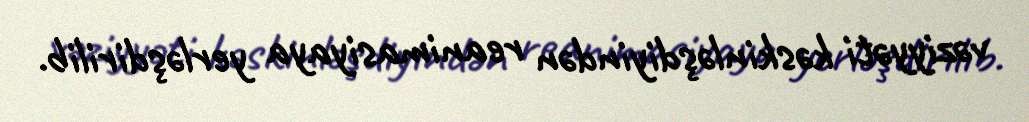
vəziyyəti kəskinləşdiyindən reanimasiyaya yerləşdirilib.